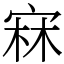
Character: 㝝